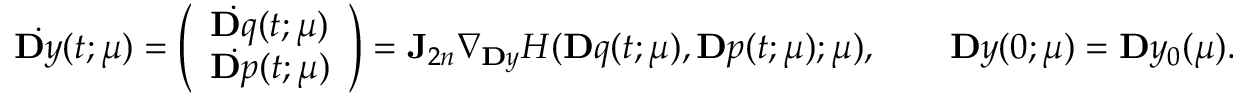
\dot { \ensuremath Ḋ \mathbf Ḋ y Ḍ Ḍ } ( t ; \ensuremath { \boldsymbol Ḋ \mu Ḍ } ) = \left( \begin{array} { l } { \dot { \ensuremath Ḋ \mathbf Ḋ q Ḍ Ḍ } ( t ; \ensuremath { \boldsymbol Ḋ \mu Ḍ } ) } \\ { \dot { \ensuremath Ḋ \mathbf Ḋ p Ḍ Ḍ } ( t ; \ensuremath { \boldsymbol Ḋ \mu Ḍ } ) } \end{array} \right) = \mathbf J _ { 2 n } \nabla _ { \ensuremath Ḋ \mathbf Ḋ y Ḍ Ḍ } H ( \ensuremath { \mathbf Ḋ q Ḍ } ( t ; \ensuremath { \boldsymbol Ḋ \mu Ḍ } ) , \ensuremath { \mathbf Ḋ p Ḍ } ( t ; \ensuremath { \boldsymbol Ḋ \mu Ḍ } ) ; \ensuremath { \boldsymbol Ḋ \mu Ḍ } ) , \qquad \ensuremath { \mathbf Ḋ y Ḍ } ( 0 ; \ensuremath { \boldsymbol Ḋ \mu Ḍ } ) = \ensuremath { \mathbf Ḋ y Ḍ } _ { 0 } ( \ensuremath { \boldsymbol Ḋ \mu Ḍ } ) .